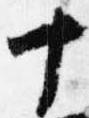
十